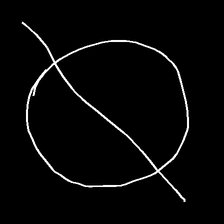
Glyph: orb